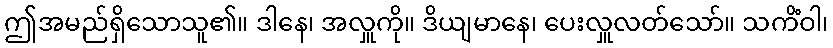
ဤအမည်ရှိသောသူ၏။ ဒါနေ၊ အလှူကို။ ဒိယျမာနေ၊ ပေးလှူလတ်သော်။ သကိံဝါ၊